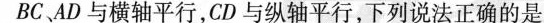
BC.AD与横轴平行，CD与纵轴平行，下列说法正确的是